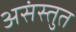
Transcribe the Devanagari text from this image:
असंस्तुत